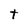
Character: t